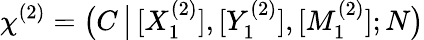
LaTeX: \chi^{(2)}=\big(C\, \big|\, [X_{1}^{(2)}],[Y_{1}^{(2)}],[M_{1}^{(2)}];N\big)